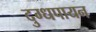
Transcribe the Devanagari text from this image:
दुग्धपायन